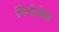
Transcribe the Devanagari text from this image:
लैंग्वेजेस